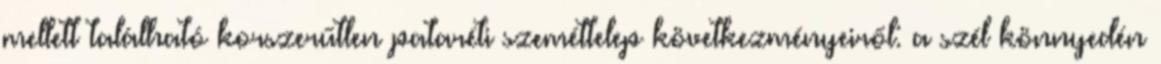
mellett található korszerűtlen pataréti szeméttelep következményeiről: a szél könnyedén